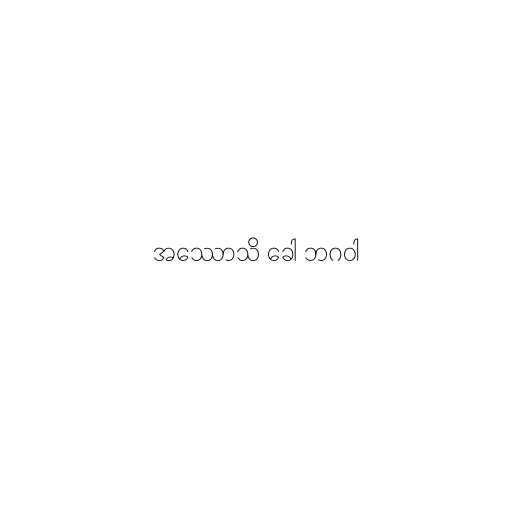
အဿောသိ ခေါ ဘဂဝါ